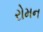
રોમન